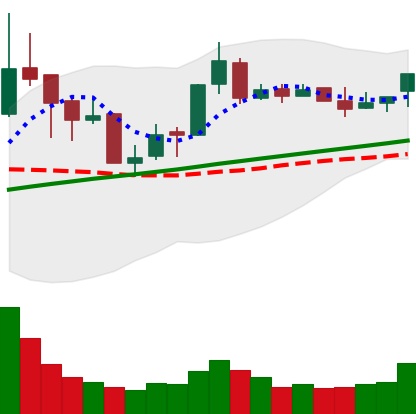
Ticker: BNB-USD
Chart end date: 2018-04-12
Forward return: -9.134%
Label: down_7plus